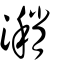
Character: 潲